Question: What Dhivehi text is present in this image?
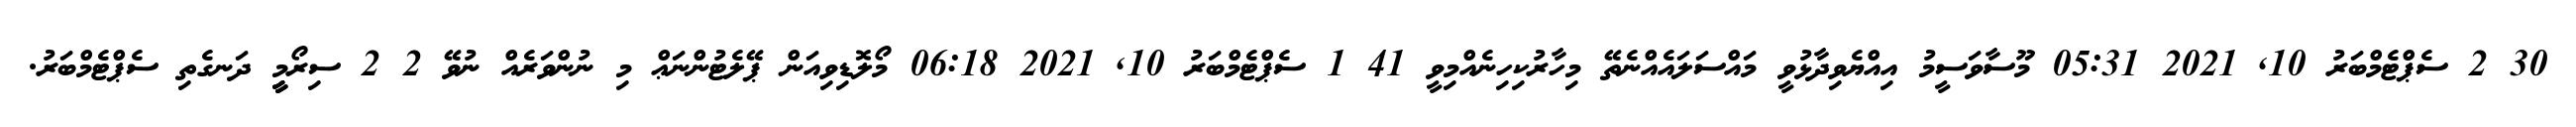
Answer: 30 2 ސެޕްޓެމްބަރު 10, 2021 05:31 މޫސާވަސީމު އިއްޔެވިދާޅުވީ މައްސަލައެއްނެތޭ މިހާރުކިހިނެއްމިވީ 41 1 ސެޕްޓެމްބަރު 10, 2021 06:18 މޯލޮޑިވިއަން ޕޭލެޓުންނަޢް މި ނުންވަރެއް ނުވޭ 2 2 ސިރޯމީީީ ދަނގެތި ސެޕްޓެމްބަރު.